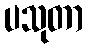
ပသုတာ